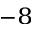
^ { - 8 }